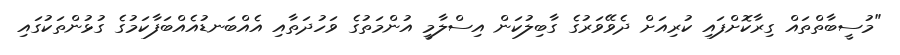
"މުސީބާތްތައް ގިރާކޮށްފައި ކުރިއަށް ދެވޭވަރުގެ ގާބިލުކަން އިސްލާމީ އުންމަތުގެ ވަހުދަތާއި އެއްބަނޑުއެއްބަފާކަމުގެ ގުޅުންތަކުގައި